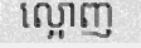
ល្អោញ